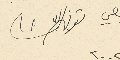
توفيق الباشا